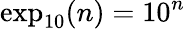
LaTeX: \exp_{10}(n)=10^{n}